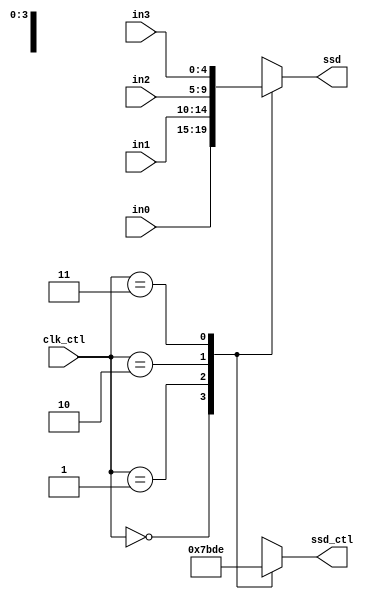
`timescale 1ns / 1ps
//////////////////////////////////////////////////////////////////////////////////
// Company: 
// Engineer: 
// 
// Design Name: 
// Module Name: scan_ctl
// Project Name: 
// Target Devices: 
// Tool Versions: 
// Description: 
// 
// Dependencies: 
// 
// Revision:
// Revision 0.01 - File Created
// Additional Comments:
// 
//////////////////////////////////////////////////////////////////////////////////


module scan_ctl(
    output reg [4:0] ssd,
    output reg [3:0] ssd_ctl,
    input [4:0] in0,
    input [4:0] in1,
    input [4:0] in2,
    input [4:0] in3,
    input [1:0] clk_ctl
    );
    
    always @*
    case(clk_ctl)
    2'b00:
    begin
        ssd_ctl = 4'b0111;
        ssd = in0;
    end
    2'b01:
    begin
        ssd_ctl = 4'b1011;
        ssd = in1;
    end
    2'b10:
    begin
        ssd_ctl = 4'b1101;
        ssd = in2;
    end
    2'b11:
    begin
        ssd_ctl = 4'b1110;
        ssd = in3;
    end
    default:
    begin
        ssd_ctl = 4'b0000;
        ssd = in0;
    end
    
    endcase
    
endmodule